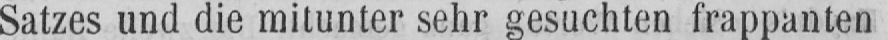
Satzes und die mitunter sehr gesuchten frappanten